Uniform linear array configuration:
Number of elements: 4
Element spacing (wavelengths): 0.75
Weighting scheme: uniform
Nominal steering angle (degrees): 60
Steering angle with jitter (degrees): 61.809
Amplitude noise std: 0.05
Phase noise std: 0.05

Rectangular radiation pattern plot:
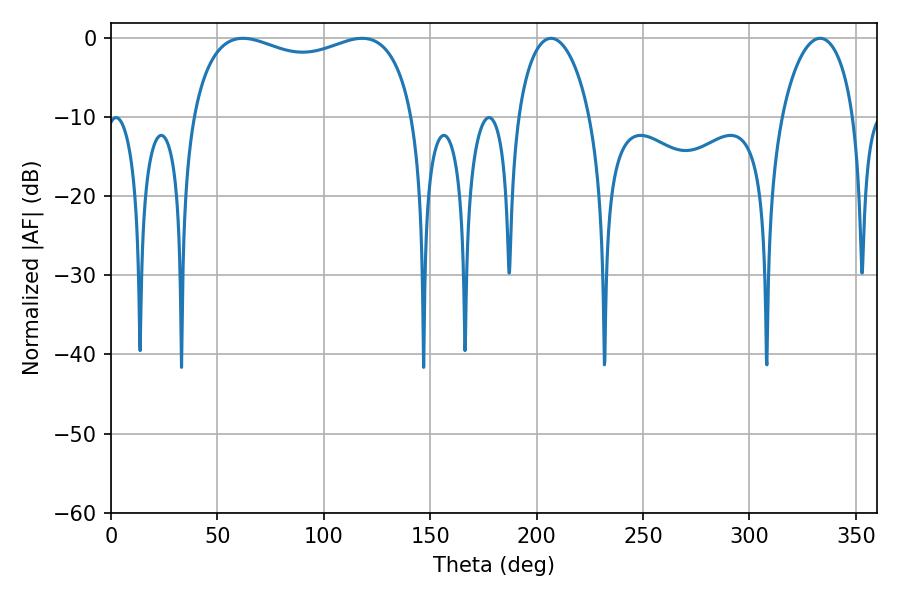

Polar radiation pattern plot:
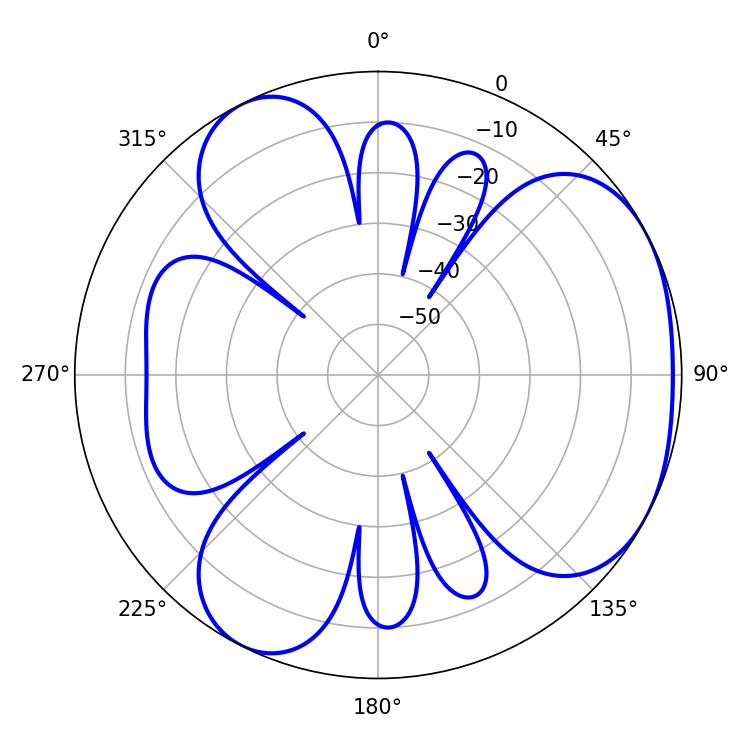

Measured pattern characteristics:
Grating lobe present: TRUE
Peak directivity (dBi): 3.897
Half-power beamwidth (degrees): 86.04
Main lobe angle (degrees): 61.92